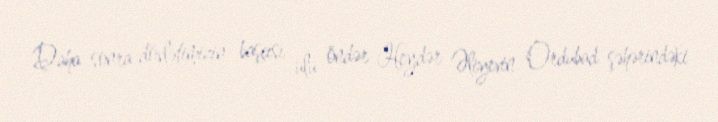
Daha sonra dövlətimizin başçısı ulu öndər Heydər Əliyevin Ordubad şəhərindəki